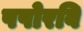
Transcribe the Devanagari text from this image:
पपोरवि